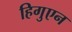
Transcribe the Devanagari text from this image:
हिगुएन